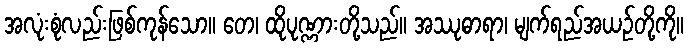
အလုံးစုံလည်းဖြစ်ကုန်သော။ တေ၊ ထိုပုဏ္ဏားတို့သည်။ အဿုဓာရာ၊ မျက်ရည်အယဉ်တို့ကို။